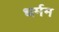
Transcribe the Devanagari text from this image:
धर्मम